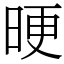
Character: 𣆳